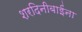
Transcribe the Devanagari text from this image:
शरदिनीबाईंना